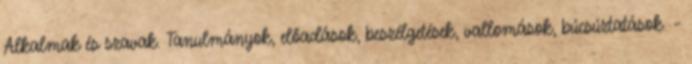
Alkalmak és szavak. Tanulmányok, előadások, beszélgetések, vallomások, búcsúztatások. –